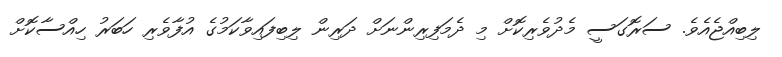
ލިބިއްޖެއެވެ. ސަރޮގަސީ މެދުވެރިކޮށް މި ދެމަފިރިންނަށް ދަރިން ލިބިފައިވާކަމުގެ އުފާވެރި ހަބަރު ހިއްސާކޮށް